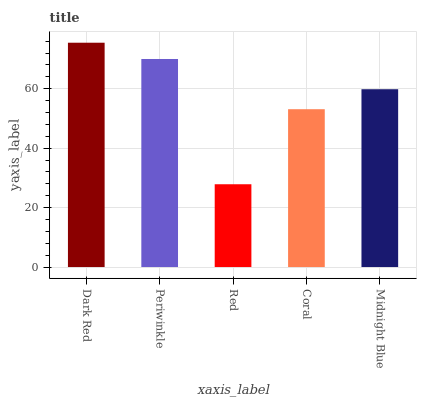
| xaxis_label | bars |
 | --- | --- |
 | Dark Red | 75.5 |
 | Periwinkle | 70 |
 | Red | 27.9 |
 | Coral | 53.1 |
 | Midnight Blue | 59.8 |